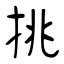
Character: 挑